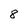
Character: 8